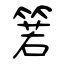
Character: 箬